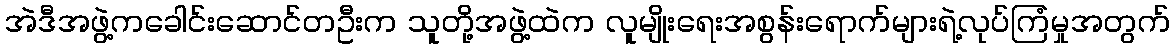
အဲဒီအဖွဲ့ကခေါင်းဆောင်တဦးက သူတို့အဖွဲ့ထဲက လူမျိုးရေးအစွန်းရောက်များရဲ့လုပ်ကြံမှုအတွက်